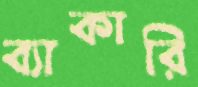
ব্যাকারি